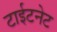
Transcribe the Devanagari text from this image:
टाईटनेट